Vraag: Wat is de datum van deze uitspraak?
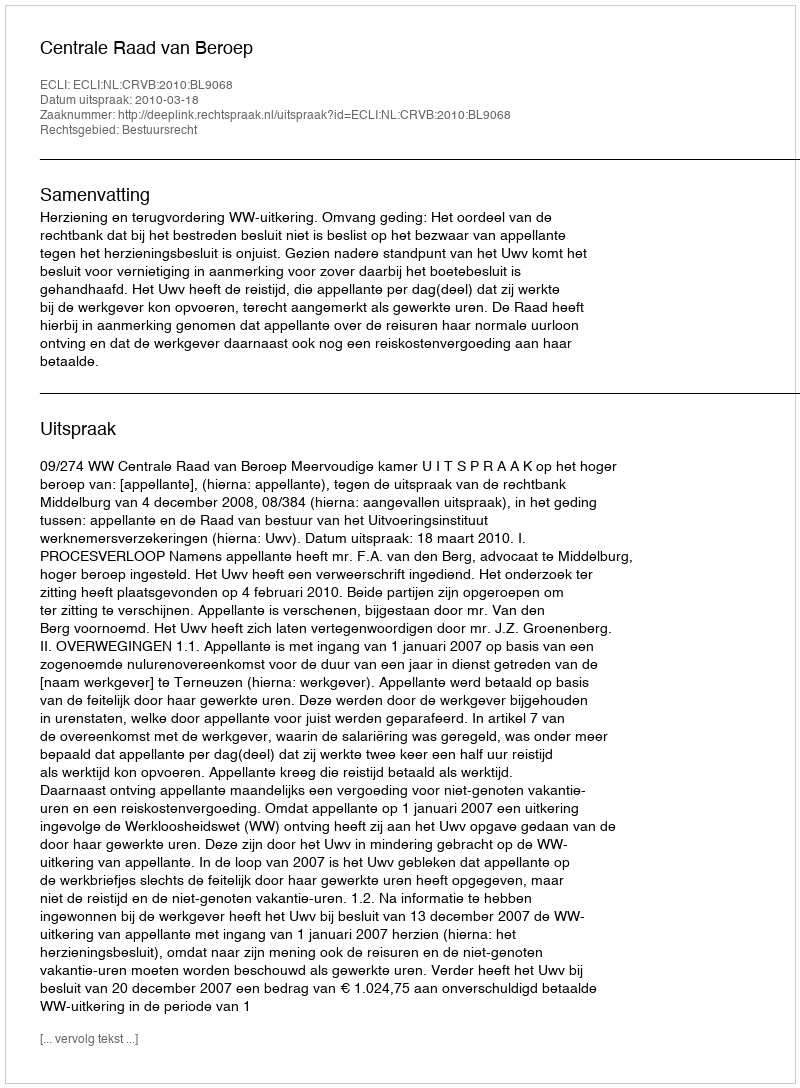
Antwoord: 2010-03-18